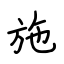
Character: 施